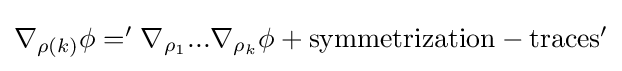
{\textstyle \nabla _{\rho (k)}\phi ='\nabla _{\rho _{1}}...\nabla _{\rho _{k}}\phi +{\text{symmetrization}}-{\text{traces}}'}